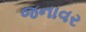
જનાવર